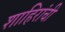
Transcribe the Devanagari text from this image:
शाहिरांची